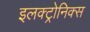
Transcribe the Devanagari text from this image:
इलक्ट्रोनिक्स